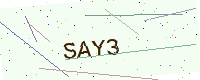
Text: SAY3